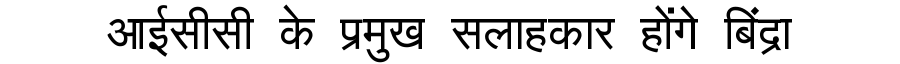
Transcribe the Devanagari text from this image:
आईसीसी के प्रमुख सलाहकार होंगे बिंद्रा